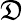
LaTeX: \mathfrak{D}